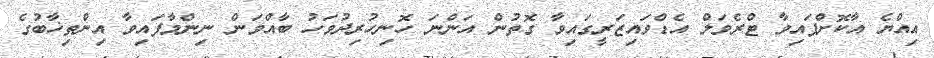
އިއްޔެ އާކޮށްފައިވާ ޓްރެވަލް އެޑްވައިޒަރީގައިވާ ގޮތުން އަންނަ ހޮނިހުރިދުވަހު ބާއްވަން ނިންމާފައިވާ އިންތިޚާބުގެ